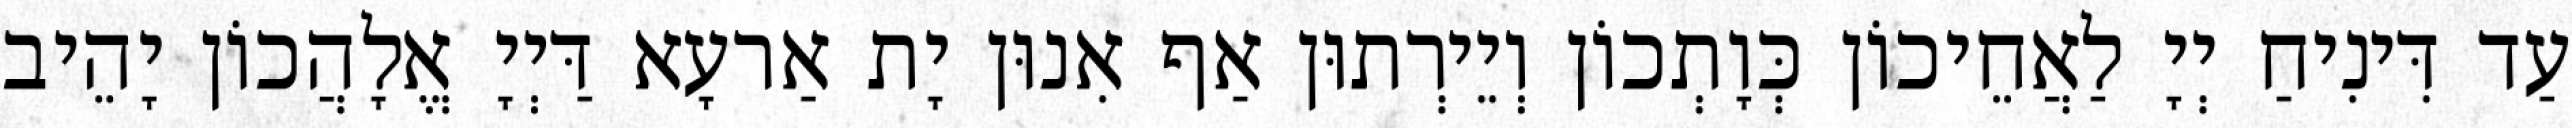
עַד דִּינִיחַ יְיָ לַאֲחֵיכוֹן כְּוָתְכוֹן וְיֵירְתוּן אַף אִנוּן יָת אַרעָא דַּיְיָ אֱלָהֲכוֹן יָהֵיב